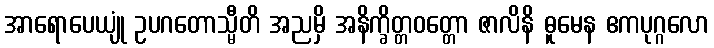
အာရောပေယျုံ ဥပဂတောသ္မီတိ အညမှိ အနိက္ခိတ္တဝတ္တော ဇာလိနိ ဓူမေန ဧကပုဂ္ဂလော